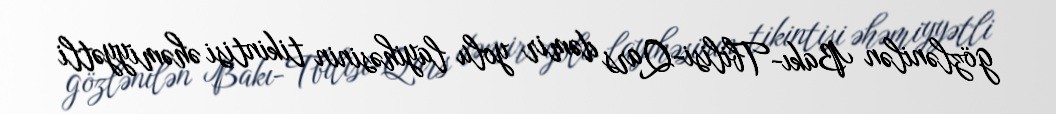
gözlənilən Bakı-Tbilisi-Qars dəmir yolu layihəsinin tikintisi əhəmiyyətli